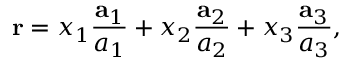
\mathbf { r } = x _ { 1 } { \frac { \mathbf { a } _ { 1 } } { a _ { 1 } } } + x _ { 2 } { \frac { \mathbf { a } _ { 2 } } { a _ { 2 } } } + x _ { 3 } { \frac { \mathbf { a } _ { 3 } } { a _ { 3 } } } ,